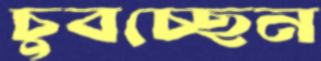
চুবচ্ছেন